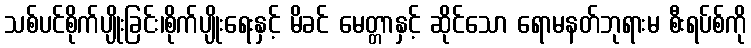
သစ်ပင်စိုက်ပျိုးခြင်း၊စိုက်ပျိုးရေးနှင့် မိခင် မေတ္တာနှင့် ဆိုင်သော ရောမနတ်ဘုရားမ စီးရပ်စ်ကို